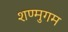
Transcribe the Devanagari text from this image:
शण्मुगम